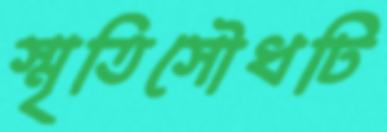
স্মৃতিসৌধটি